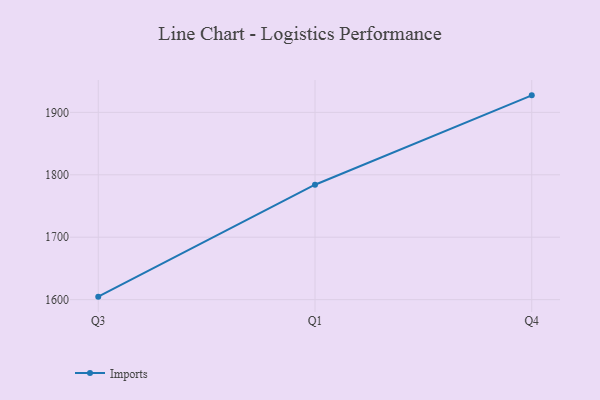
{"axis": {"x": "Quarter", "y": "Bounce Rate (%)"}, "legend": ["Imports"], "data": [{"x": "Q3", "y": 1604.8, "type": "Imports"}, {"x": "Q1", "y": 1784.1, "type": "Imports"}, {"x": "Q4", "y": 1927.3, "type": "Imports"}]}